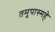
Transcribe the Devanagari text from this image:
तमुपास्महे